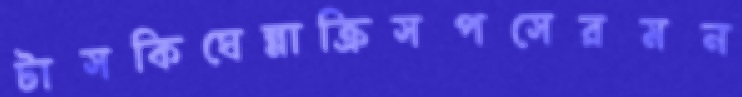
টাসকিঘেন্নাক্রিসপসেরমন